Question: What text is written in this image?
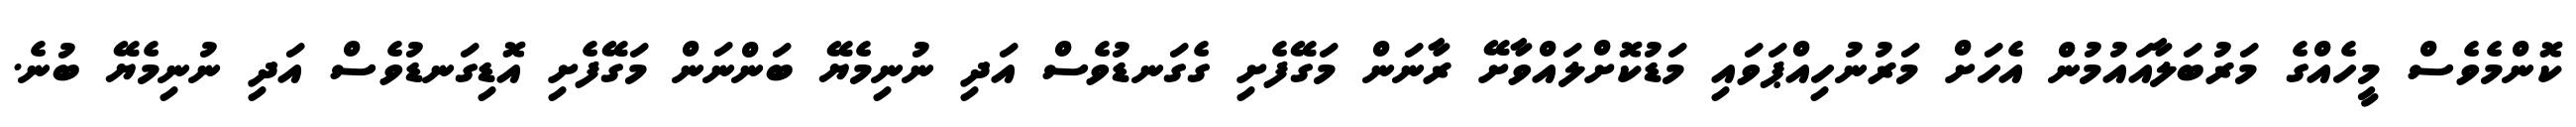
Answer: ކޮންމެވެސް މީހެއްގެ މަރުބަލާއައުމުން އެހަށް މަރުނުހިއްޕަވައި މަޑުކޮށްލައްވާށޭ ރާނަން މަގޭފެށި ގެގަނޑުވެސް އަދި ނުނިމެޔޭ ބަންނަން މަގޭފެށި އޮޑިގަނޑުވެސް އަދި ނުނިމެޔޭ ބުނެ.